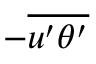
- \overline { { u ^ { \prime } \theta ^ { \prime } } }